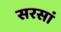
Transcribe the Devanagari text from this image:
सरसां